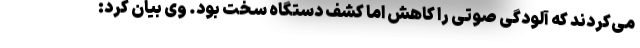
می‌کردند که آلودگی صوتی را کاهش اما کشف دستگاه سخت بود. وی بیان کرد: